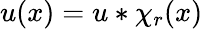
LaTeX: u(x)=u*\chi_{r}(x)